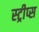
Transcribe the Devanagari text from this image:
स्ट्रीप्स